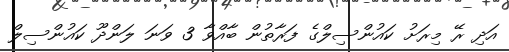
އަދި ރޭ މިރަށު ކައުންސިލްގެ ފަރާތުން ބާއްވާ 3 ވަނަ ލަންދޫ ކައުންސިލް